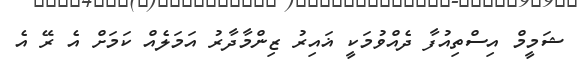
ޝަމީމް އިސްތިއުފާ ދެއްވުމަކީ ޣައިރު ޒިންމާދާރު އަމަލެއް ކަމަށް އެ ރޭ އެ